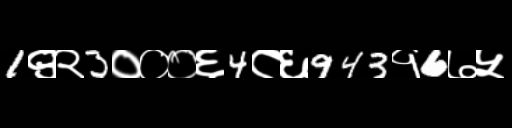
Text: 1९२3०००६4८६943१6७५